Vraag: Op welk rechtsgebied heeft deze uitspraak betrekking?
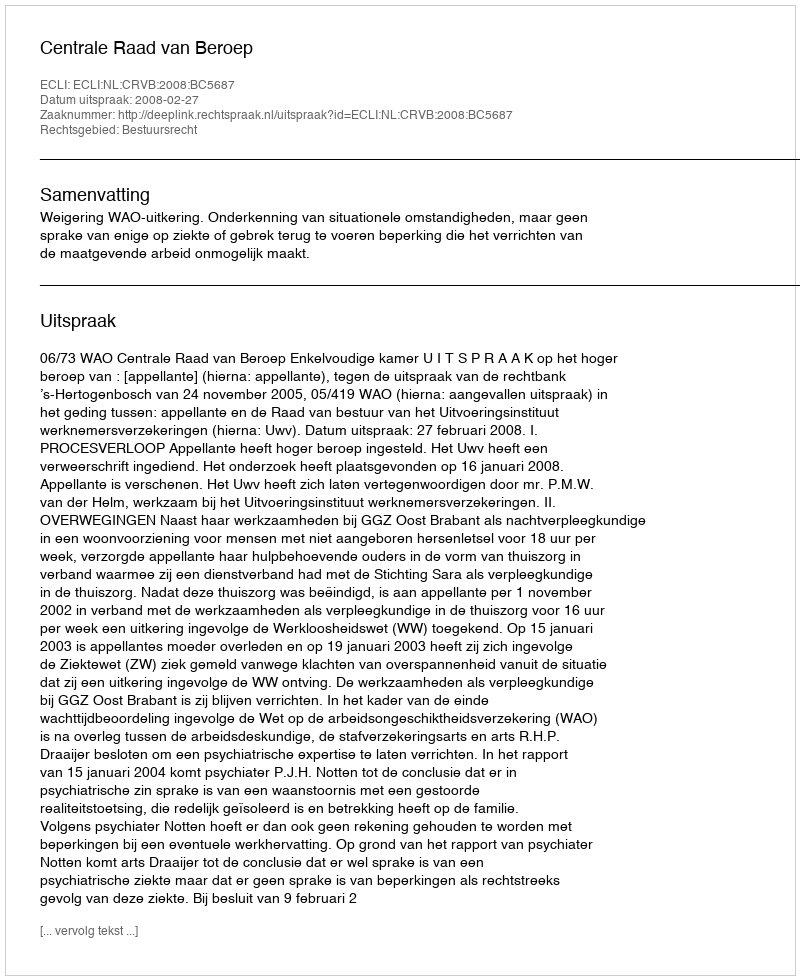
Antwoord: Bestuursrecht